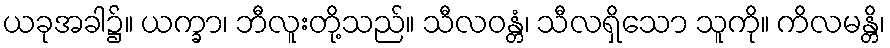
ယခုအခါ၌။ ယက္ခာ၊ ဘီလူးတို့သည်။ သီလဝန္တံ၊ သီလရှိသော သူကို။ ကိလမန္တိ၊